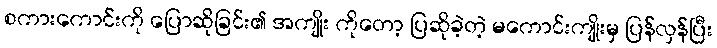
စကားကောင်းကို ပြောဆိုခြင်း၏ အကျိုး ကိုတော့ ပြဆိုခဲ့တဲ့ မကောင်းကျိုးမှ ပြန်လှန်ပြီး